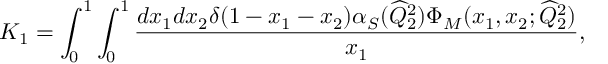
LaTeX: K _ { 1 } = \int _ { 0 } ^ { 1 } \int _ { 0 } ^ { 1 } \frac { d x _ { 1 } d x _ { 2 } \delta ( 1 - x _ { 1 } - x _ { 2 } ) \alpha _ { S } ( \widehat { Q } _ { 2 } ^ { 2 } ) \Phi _ { M } ( x _ { 1 } , x _ { 2 } ; \widehat { Q } _ { 2 } ^ { 2 } ) } { x _ { 1 } } ,